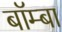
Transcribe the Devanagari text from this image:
बॉम्बा